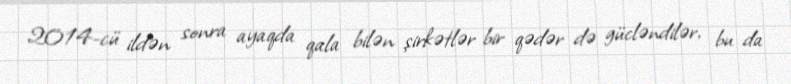
2014-cü ildən sonra ayaqda qala bilən şirkətlər bir qədər də gücləndilər, bu da